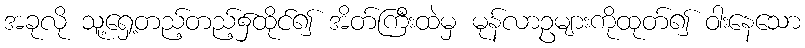
အခုလို သူ့ရှေ့တည့်တည့်၌ထိုင်၍ အိတ်ကြီးထဲမှ မုန်လာဥများကိုထုတ်၍ ဝါးနေသော